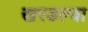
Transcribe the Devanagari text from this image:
खरडल्या